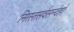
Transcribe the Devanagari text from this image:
निरस्तसर्वसन्देहो